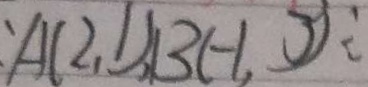
A ( 2 , 1 ) , B ( - 1 , 3 )